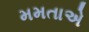
મમતાએ